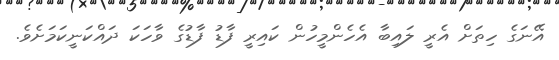
އޭނަގެ ހިތަށް އެރީ ލައިބާ އެހެންމީހުން ކައިރީ ފާޑު ފާޑުގެ ވާހަކަ ދައްކަނީކަމަށެވެ.